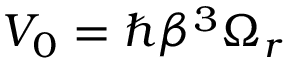
V _ { 0 } = \hbar \beta ^ { 3 } \Omega _ { r }